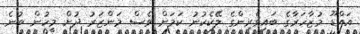
އައްޑޫ މުޒާހަރާގެ ބައިވެރިންގެ ލޭކެކުނު ކަމަށް ވެސް މަންޒަރު ދުށް މީހުން ބުނެ